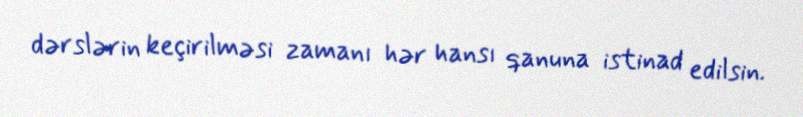
dərslərin keçirilməsi zamanı hər hansı qanuna istinad edilsin.